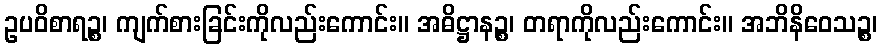
ဥပဝိစာရဉ္စ၊ ကျက်စားခြင်းကိုလည်းကောင်း။ အဓိဋ္ဌာနဉ္စ၊ တရာကိုလည်းကောင်း။ အဘိနိဝေသဉ္စ၊